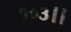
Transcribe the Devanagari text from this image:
१०३।।